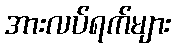
အားလပ်ရက်များ